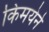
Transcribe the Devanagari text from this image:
किमयेने